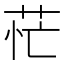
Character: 𦮝